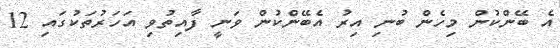
އެ ބޭންކުން މިހެން ބުނި އިރު އެބޭންކުން ވަނީ ފާއިތުވި އަހަރުތަކުގައި 12